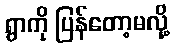
ရွာကို ပြန်တော့မလို့